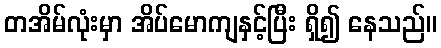
တအိမ်လုံးမှာ အိပ်မောကျနှင့်ပြီး ရှိ၍ နေသည်။